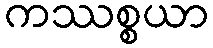
ကဿစ္စယာ